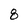
Character: 8